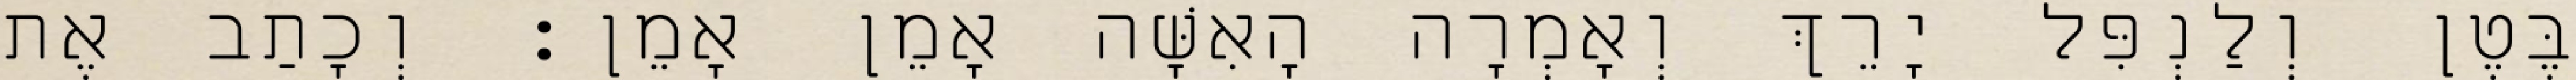
בֶּטֶן וְלַנְפִּל יָרֵךְ וְאָמְרָה הָאִשָּׁה אָמֵן אָמֵן׃ וְכָתַב אֶת